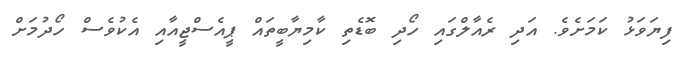
ފިޔަވަޅު ކަމަށެވެ. އަދި ރެއާލްގައި ހޯދި ބޮޑެތި ކާމިޔާބީތައް ޕީއެސްޖީއާއި އެކުވެސް ހޯދުމަށް